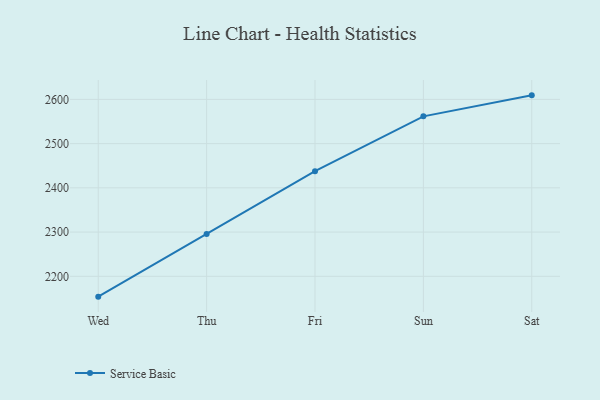
{"axis": {"x": "Day", "y": "Shipments"}, "legend": ["Service Basic"], "data": [{"x": "Wed", "y": 2154.0, "type": "Service Basic"}, {"x": "Thu", "y": 2295.5, "type": "Service Basic"}, {"x": "Fri", "y": 2437.6, "type": "Service Basic"}, {"x": "Sun", "y": 2561.6, "type": "Service Basic"}, {"x": "Sat", "y": 2609.1, "type": "Service Basic"}]}